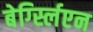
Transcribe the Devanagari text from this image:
बेर्ग्स्लिएन